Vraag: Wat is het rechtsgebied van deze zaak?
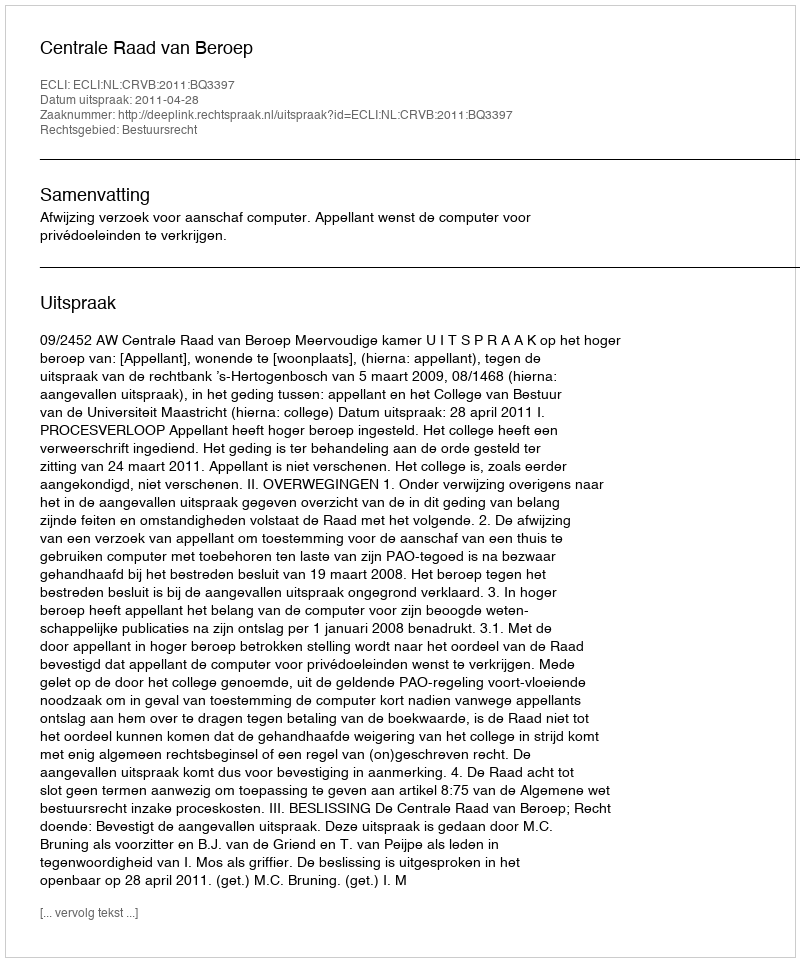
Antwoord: Bestuursrecht